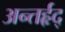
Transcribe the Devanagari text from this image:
अन्तर्हृद्‍